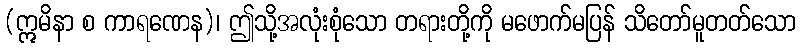
(ဣမိနာ စ ကာရဏေန)၊ ဤသို့အလုံးစုံသော တရားတို့ကို မဖောက်မပြန် သိတော်မူတတ်သော